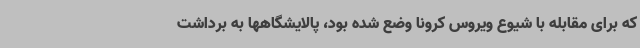
که برای مقابله با شیوع ویروس کرونا وضع شده بود، پالایشگاهها به برداشت